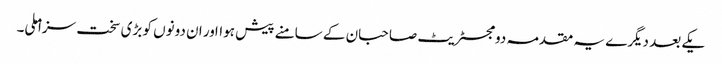
یکے بعد دیگرے یہ مقدمہ دو مجسٹریٹ صاحبان کے سامنے پیش ہوااور ان دونوں کو بڑی سخت سزا ملی۔